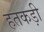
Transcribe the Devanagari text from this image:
हतकड़ी